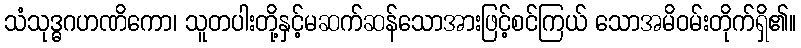
သံသုဒ္ဓဂဟဏိကော၊ သူတပါးတို့နှင့်မဆက်ဆန်သောအားဖြင့်စင်ကြယ် သောအမိဝမ်းတိုက်ရှိ၏။